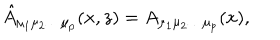
LaTeX: \hat { A } _ { \mu _ { 1 } \mu _ { 2 } \ldots \mu _ { p } } ( x , z ) = A _ { \mu _ { 1 } \mu _ { 2 } \ldots \mu _ { p } } ( x ) ,